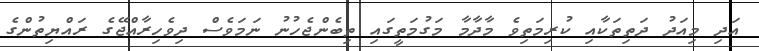
އަދި މިއަދު ދަތިތަކާއި ކުރިމަތިވެ މާދާމާ މަގުމަތީގައި ތިބެންޖެހުނު ނަމަވެސް ދިވެހިރާއްޖޭގެ ރައްޔިތުންގެ